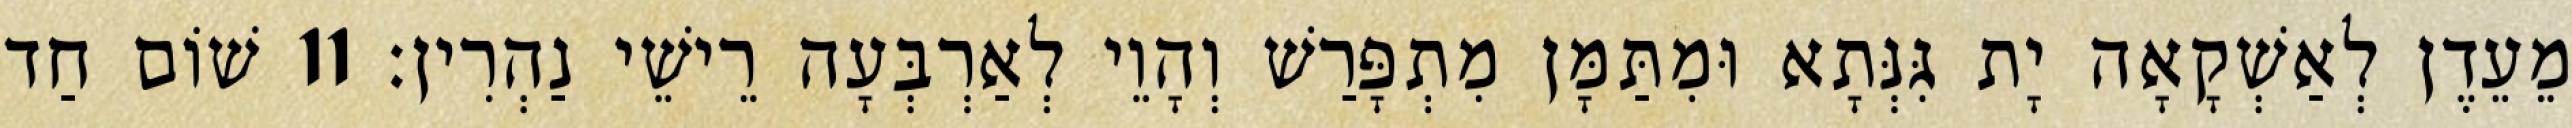
מֵעֵדֶן לְאַשְׁקָאָה יָת גִּנְּתָא וּמִתַּמָּן מִתְפָּרַשׁ וְהָוֵי לְאַרְבְּעָה רֵישֵׁי נַהְרִין׃ 11 שׁוֹם חַד